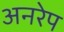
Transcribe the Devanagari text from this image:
अनरेप